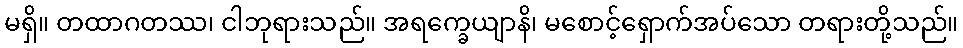
မရှိ။ တထာဂတဿ၊ ငါဘုရားသည်။ အရက္ခေယျာနိ၊ မစောင့်ရှောက်အပ်သော တရားတို့သည်။